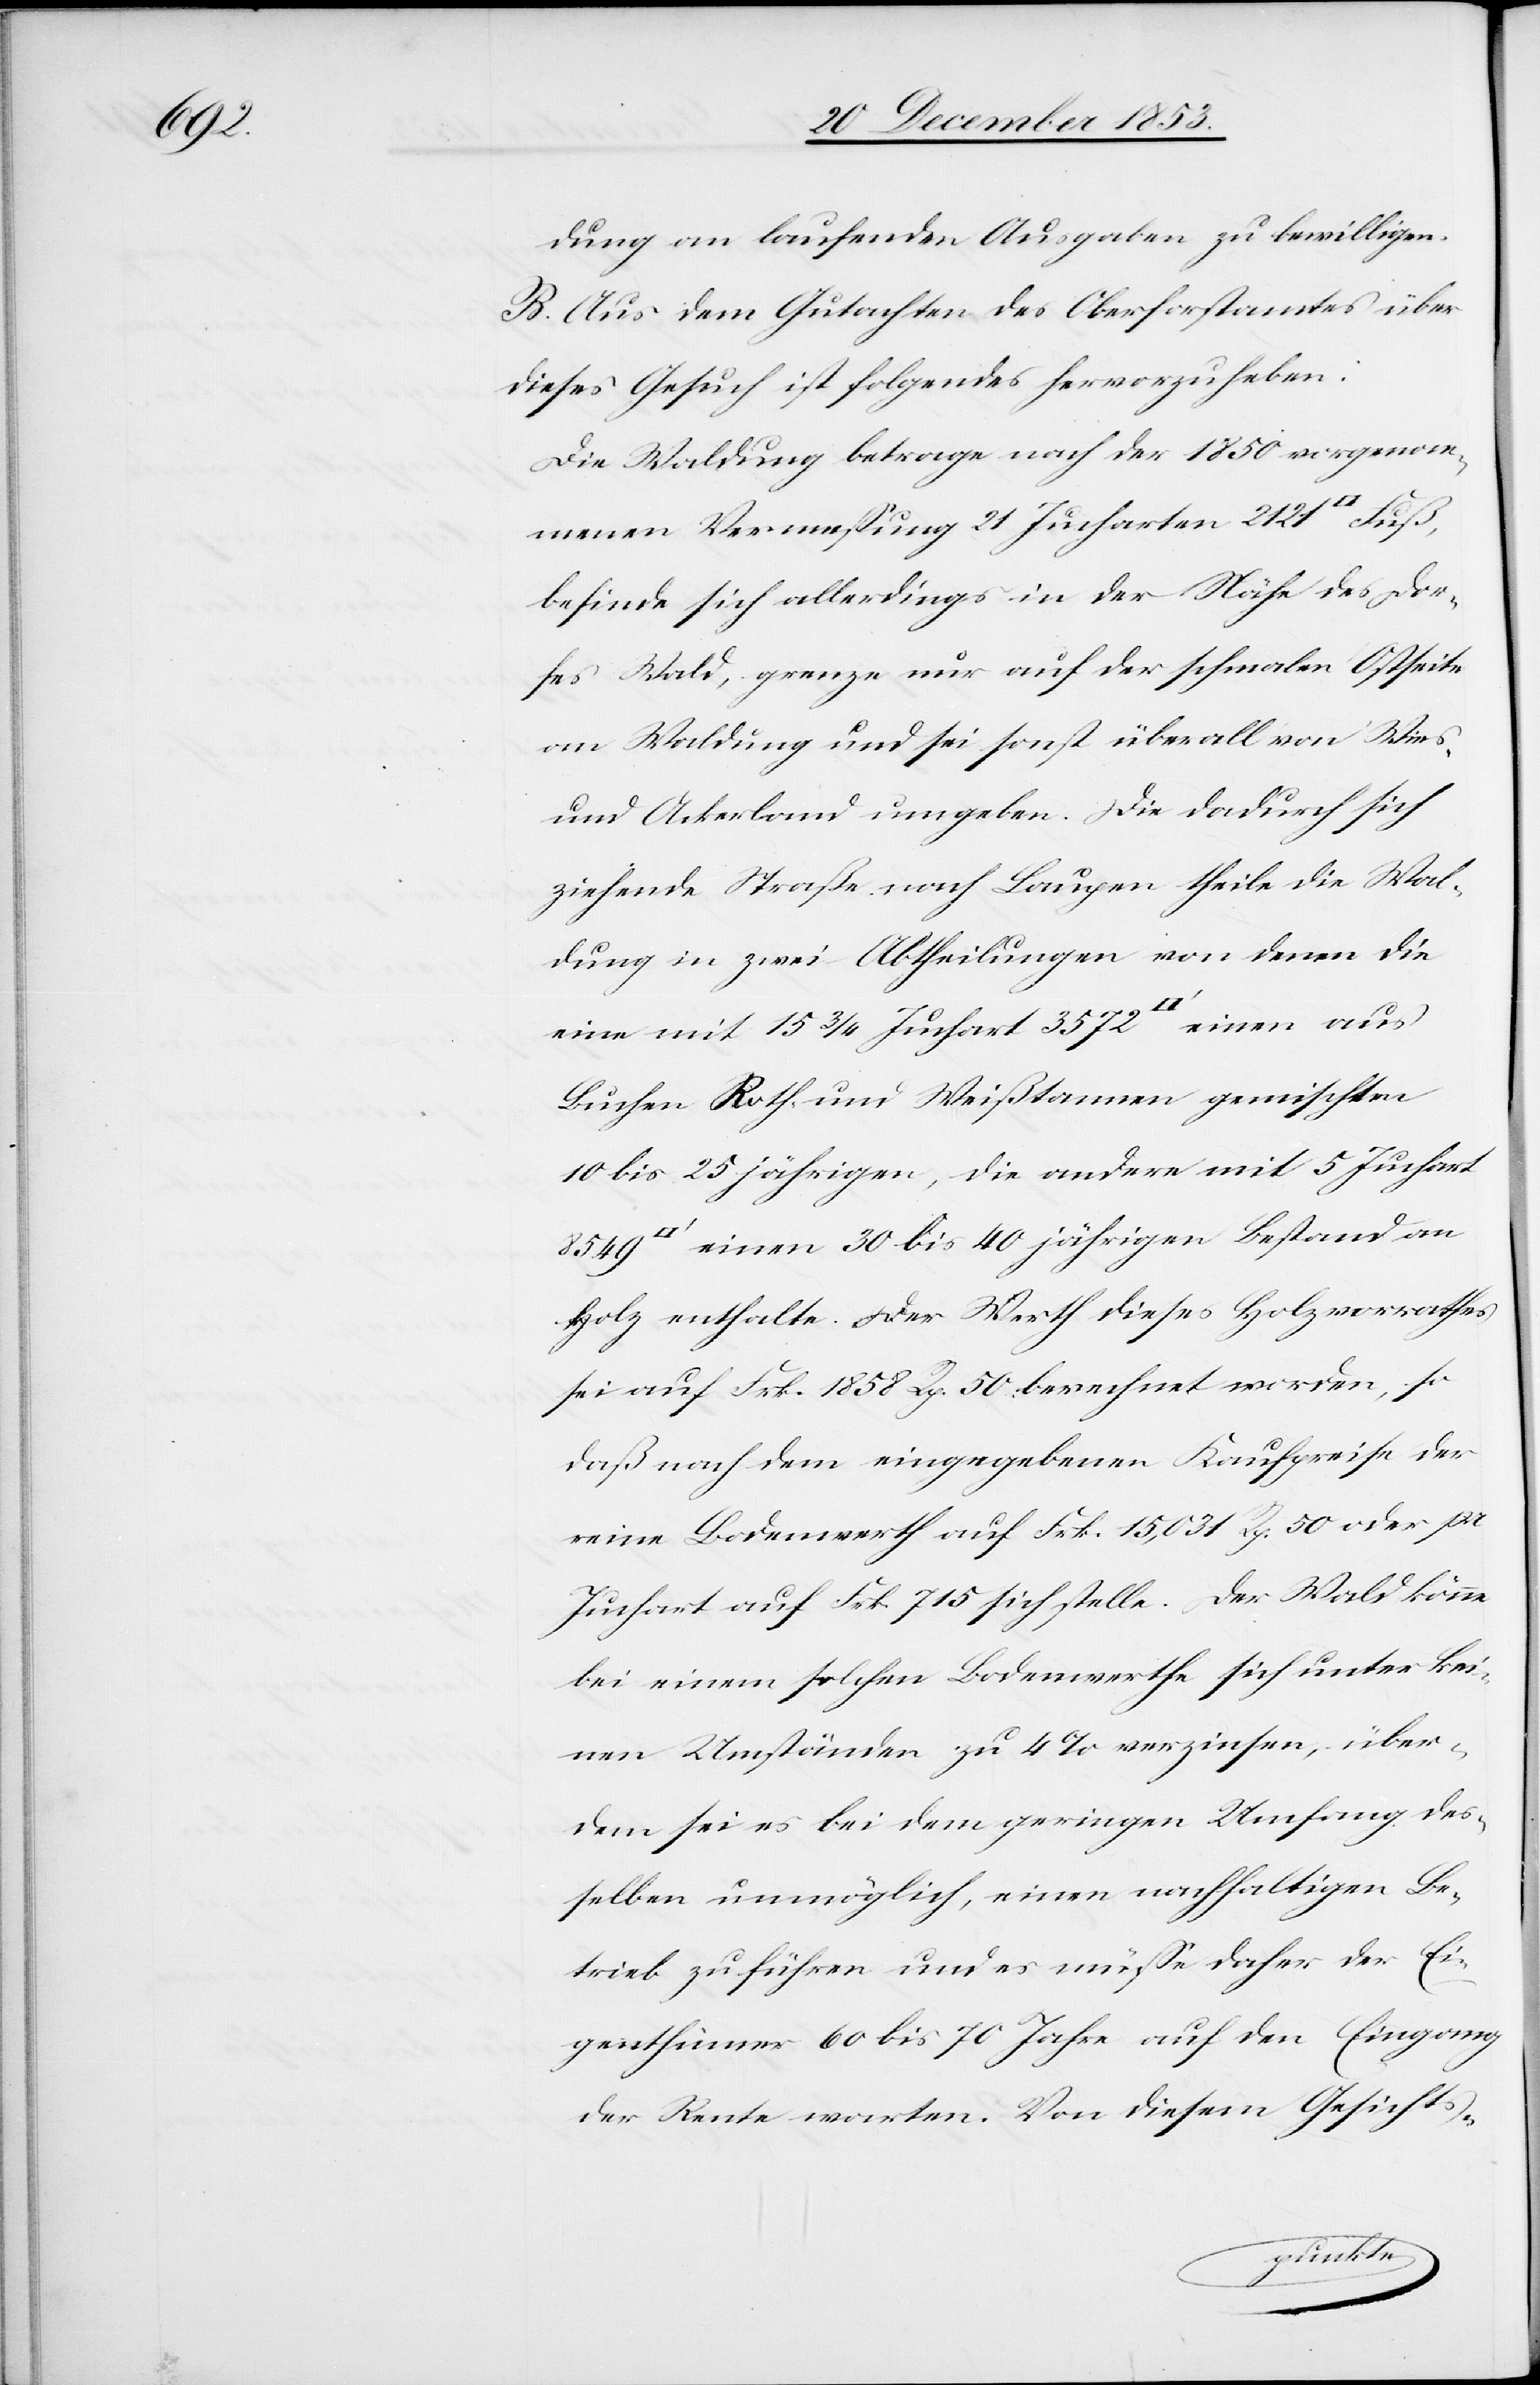
dung an laufende Ausgaben zu bewilligen.
B. Aus dem Gutachten des Oberforstamtes über
dieses Gesuch ist folgendes hervorzuheben:
Die Waldung betrage nach der 1850 vorgenom¬
menen Vermeßung 21 Jucharten 2121 [Quadrat]-Fuß,
befinde sich allerdings in der Nähe des Dor¬
fes Wald, grenze nur auf der schmalen Ostseite
an Waldung und sei sonst überall von Wies
und Ackerland umgeben. Die dadurch sich
ziehende Straße nach Laugen theile die Wal¬
dung in zwei Abtheilungen von denen die
eine mit 15 3/4 Juchart 3572 [Quadratfuß] einen aus
Buchen Roth- und Weißtannen gemischten
10 bis 25 jährigen die andere mit 5 Juchart
[Quadratfuß] einen 30 bis 40 jährigen Bestand an
Holz enthalte. Der Werth dieses Holzvorrathes
sei auf Frk. 1858 Rp. 50 berechnet worden, so
daß nach dem eingegebenen Kaufpreise der
reine Bodenwerth auf Frk. 15,031 Rp. 50 oder pro
Juchart auf Frk. 715 sich stelle. Der Wald könne
bei einem solchen Bodenwerthe sich unter kei¬
nen Umständen zu 4% verzinsen, über¬
dem sei es bei dem geringen Umfange des¬
selben unmöglich, einen nachhaltigen Be¬
trieb zu führen und es müße daher der Ei¬
genthümer 60 bis 70 Jahre auf dem Eingang
der Rente warten. Von diesem Gesichts-